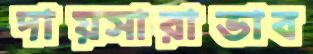
দায়সারাভাব